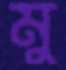
মু